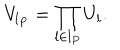
LaTeX: V _ { l _ { P } } = \prod _ { l \in l _ { P } } U _ { l } .